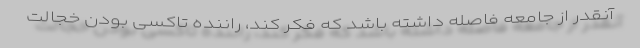
آنقدر از جامعه فاصله داشته باشد که فکر کند، راننده تاکسی بودن خجالت